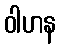
ဝါဟန